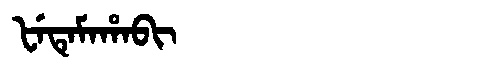
Manchu: ᡶᡝᡨᡝᠮᠠᡥᠠᠪᡳ
Romanization: FETEMAHABI